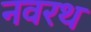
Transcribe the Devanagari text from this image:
नवरथ